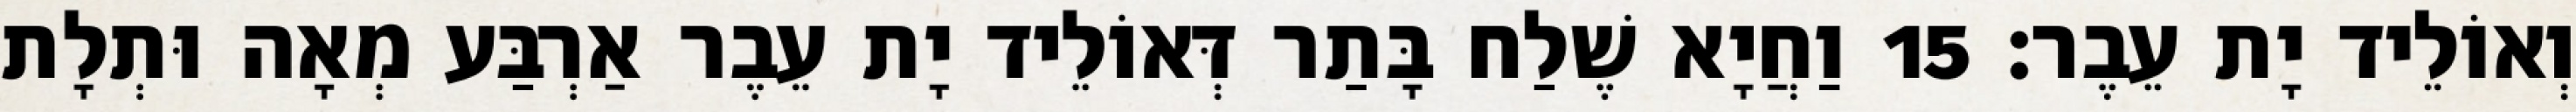
וְאוֹלֵיד יָת עֵבֶר׃ 15 וַחֲיָא שֶׁלַח בָּתַר דְּאוֹלֵיד יָת עֵבֶר אַרְבַּע מְאָה וּתְלָת